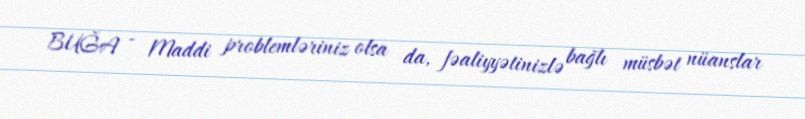
BUĞA - Maddi problemləriniz olsa da, fəaliyyətinizlə bağlı müsbət nüanslar